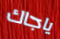
ياجاك